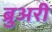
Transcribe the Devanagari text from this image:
ब्रुअरी